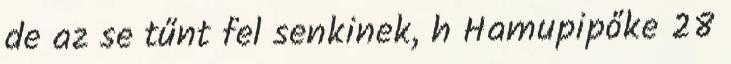
de az se tűnt fel senkinek, h Hamupipőke 28